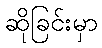
ဆိုခြင်းမှာ